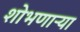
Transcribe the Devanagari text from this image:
शोभणाऱ्या